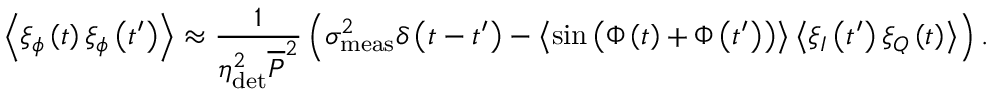
\left\langle \xi _ { \phi } \left( t \right) \xi _ { \phi } \left( t ^ { \prime } \right) \right\rangle \approx \frac { 1 } { \eta _ { \mathrm { d e t } } ^ { 2 } \overline { { P } } ^ { 2 } } \left( \sigma _ { \mathrm { m e a s } } ^ { 2 } \delta \left( t - t ^ { \prime } \right) - \left\langle \sin { \left( \Phi \left( t \right) + \Phi \left( t ^ { \prime } \right) \right) } \right\rangle \left\langle \xi _ { I } \left( t ^ { \prime } \right) \xi _ { Q } \left( t \right) \right\rangle \right) .